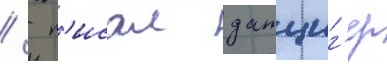
/  п'исал данциг'ер